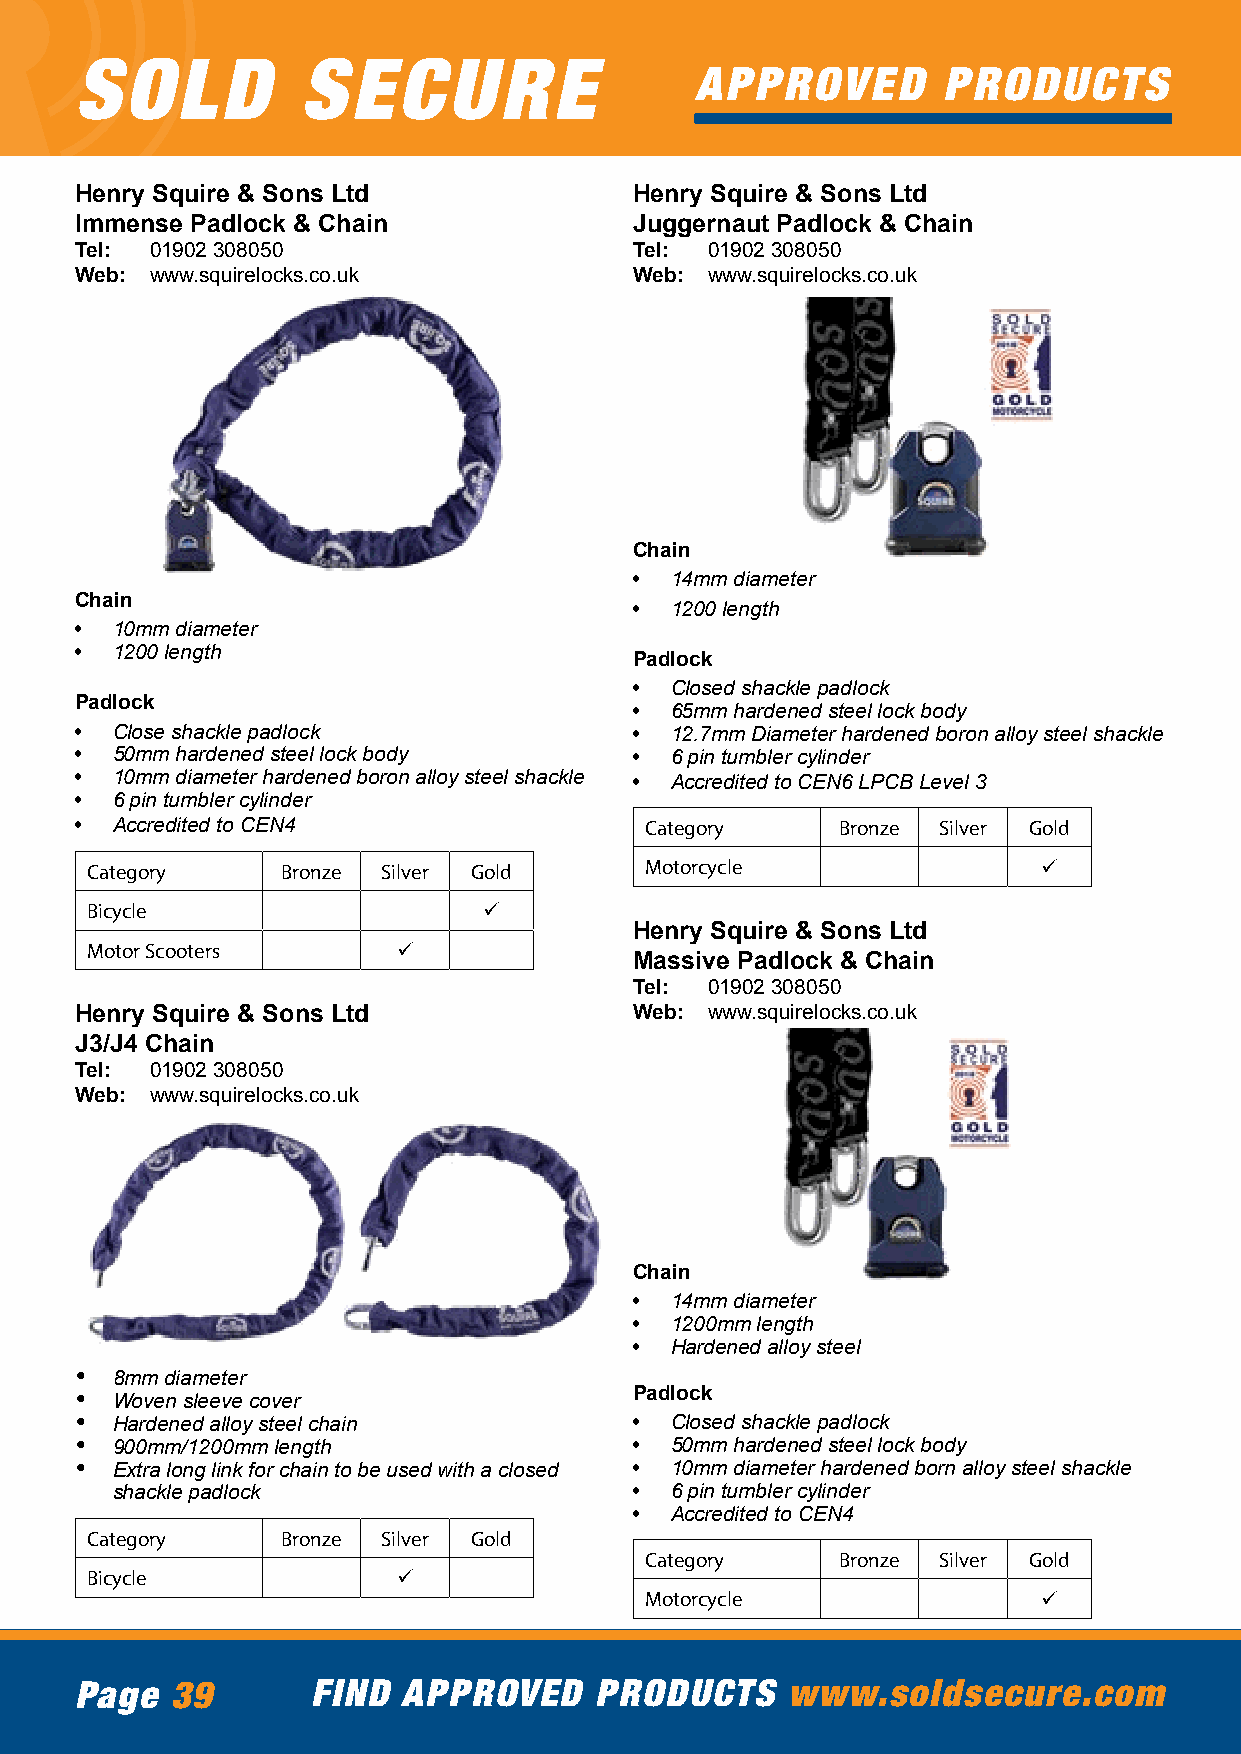
SOLD           SECURE
 APPROVED        PRODUCTS
 Henry Squire & Sons Ltd              Henry Squire & Sons Ltd
 Immense Padlock & Chain              Juggernaut Padlock & Chain
 Tel: 01902 308050                    Tel: 01902 308050
 Web: www.squirelocks.co.uk           Web: www.squirelocks.co.uk
 Chain
 • 14mm diameter
 Chain                                • 1200 length
 • 10mm diameter
 • 1200 length
 Padlock
 • Closed shackle padlock
 Padlock                              • 65mm hardened steel lock body
 • Close shackle padlock              • 12.7mm Diameter hardened boron alloy steel shackle
 • 50mm hardened steel lock body      • 6 pin tumbler cylinder
 • 10mm diameter hardened boron alloy steel shackle • Accredited to CEN6 LPCB Level 3
 • 6 pin tumbler cylinder
 • Accredited to CEN4                  Category     Bronze Silver Gold
 Category     Bronze Silver Gold      Motorcycle                ü
 Bicycle                   ü
 Henry Squire & Sons Ltd
 Motor Scooters      ü
 Massive Padlock & Chain
 Tel: 01902 308050
 Henry Squire & Sons Ltd              Web: www.squirelocks.co.uk
 J3/J4 Chain
 Tel: 01902 308050
 Web: www.squirelocks.co.uk
 Chain
 • 14mm diameter
 • 1200mm length
 • Hardened alloy steel
 • 8mm diameter
 • Woven sleeve cover                 Padlock
 • Hardened alloy steel chain         • Closed shackle padlock
 • 900mm/1200mm length                • 50mm hardened steel lock body
 • Extra long link for chain to be used with a closed • 10mm diameter hardened born alloy steel shackle
 shackle padlock                    • 6 pin tumbler cylinder
 • Accredited to CEN4
 Category     Bronze Silver Gold
 Category     Bronze Silver Gold
 Bicycle             ü
 Motorcycle                ü
 Page  39        FIND  APPROVED    PRODUCTS     www.soldsecure.com